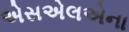
એસએલએના